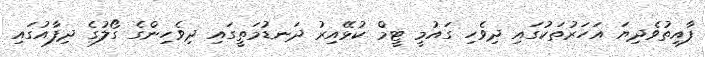
ފާއިތުވެދިޔަ އަހަރުތަކުގައި ދިވެހި ގައުމީ ޓީމް ކުޅޭއިރު ދަނޑުމަތީގައި ދިވެހިންގެ ގޯލުގެ ދިފާއުގައި